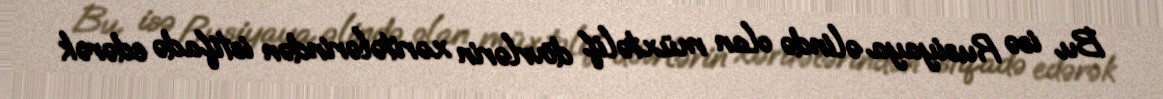
Bu isə Rusiyaya əlində olan müxtəlif dövrlərin xəritələrindən istifadə edərək